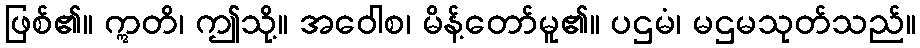
ဖြစ်၏။ ဣတိ၊ ဤသို့။ အဝေါစ၊ မိန့်တော်မူ၏။ ပဌမံ၊ မဌမသုတ်သည်။